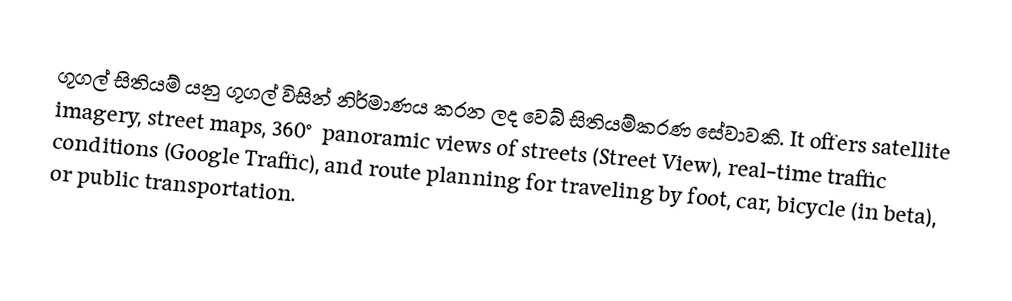
ගූගල් සිතියම් යනු ගූගල් විසින් නිර්මාණය කරන ලද වෙබ් සිතියම්කරණ සේවාවකි. It offers satellite imagery, street maps, 360° panoramic views of streets (Street View), real-time traffic conditions (Google Traffic), and route planning for traveling by foot, car, bicycle (in beta), or public transportation.